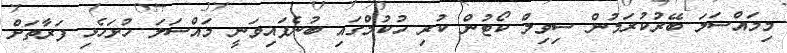
މިމައްސަލަ ބޭރުކުރަމުން ސިވިލް ކޯޓުން ކުރި ހުކުމްގައި ބުނެފައިވަނީ މައްސަލަ ހުށަހެޅި ފަރާތަށް